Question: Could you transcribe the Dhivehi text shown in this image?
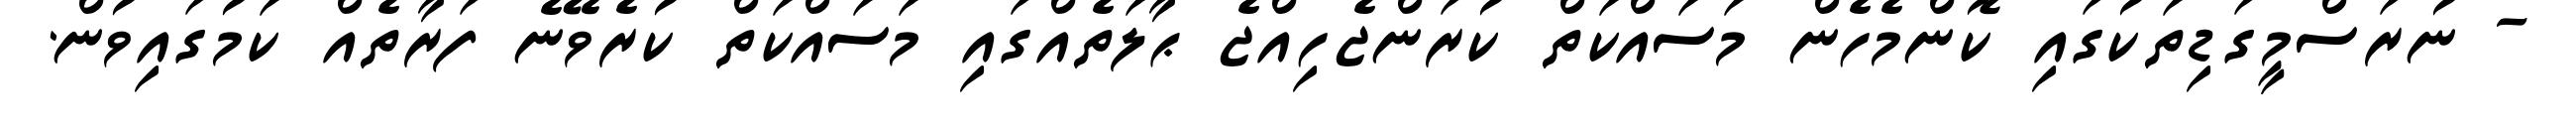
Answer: - ނުރަސްމީގަޑިތަކުގައި ކޮންމެހެން މަސައްކަތް ކުރަންޖެހިއްޖެ ޙާލަތެއްގައި މަސައްކަތް ކުރެވޭނެ ފަރާތެއް ކަމުގައިވުން.